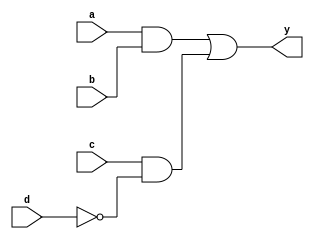
module combinational_logic_block (
    input wire a,      // Input variable a
    input wire b,      // Input variable b
    input wire c,      // Input variable c
    input wire d,      // Input variable d
    output wire y      // Output variable y
);

// Logic function: y = (a AND b) OR (c AND NOT d)
// This function can be minimized using the techniques mentioned.

assign y = (a & b) | (c & ~d);

endmodule